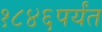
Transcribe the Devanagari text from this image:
१८४६पर्यंत